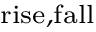
_ \mathrm { r i s e , f a l l }